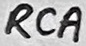
Text: RCA